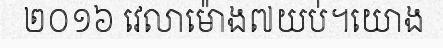
២០១៦ វេលាម៉ោង៧យប់។យោង